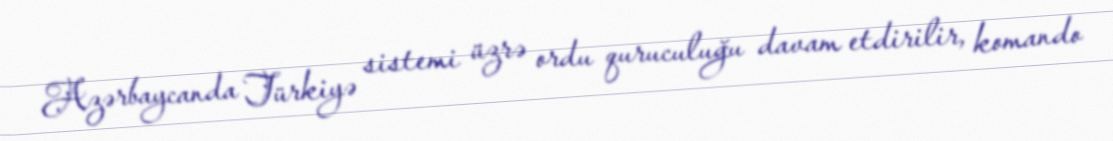
Azərbaycanda Türkiyə sistemi üzrə ordu quruculuğu davam etdirilir, komando